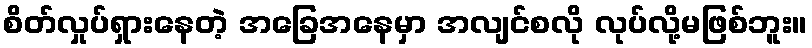
စိတ်လှုပ်ရှားနေတဲ့ အခြေအနေမှာ အလျင်စလို လုပ်လို့မဖြစ်ဘူး။